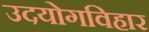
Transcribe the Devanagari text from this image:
उदयोगविहार